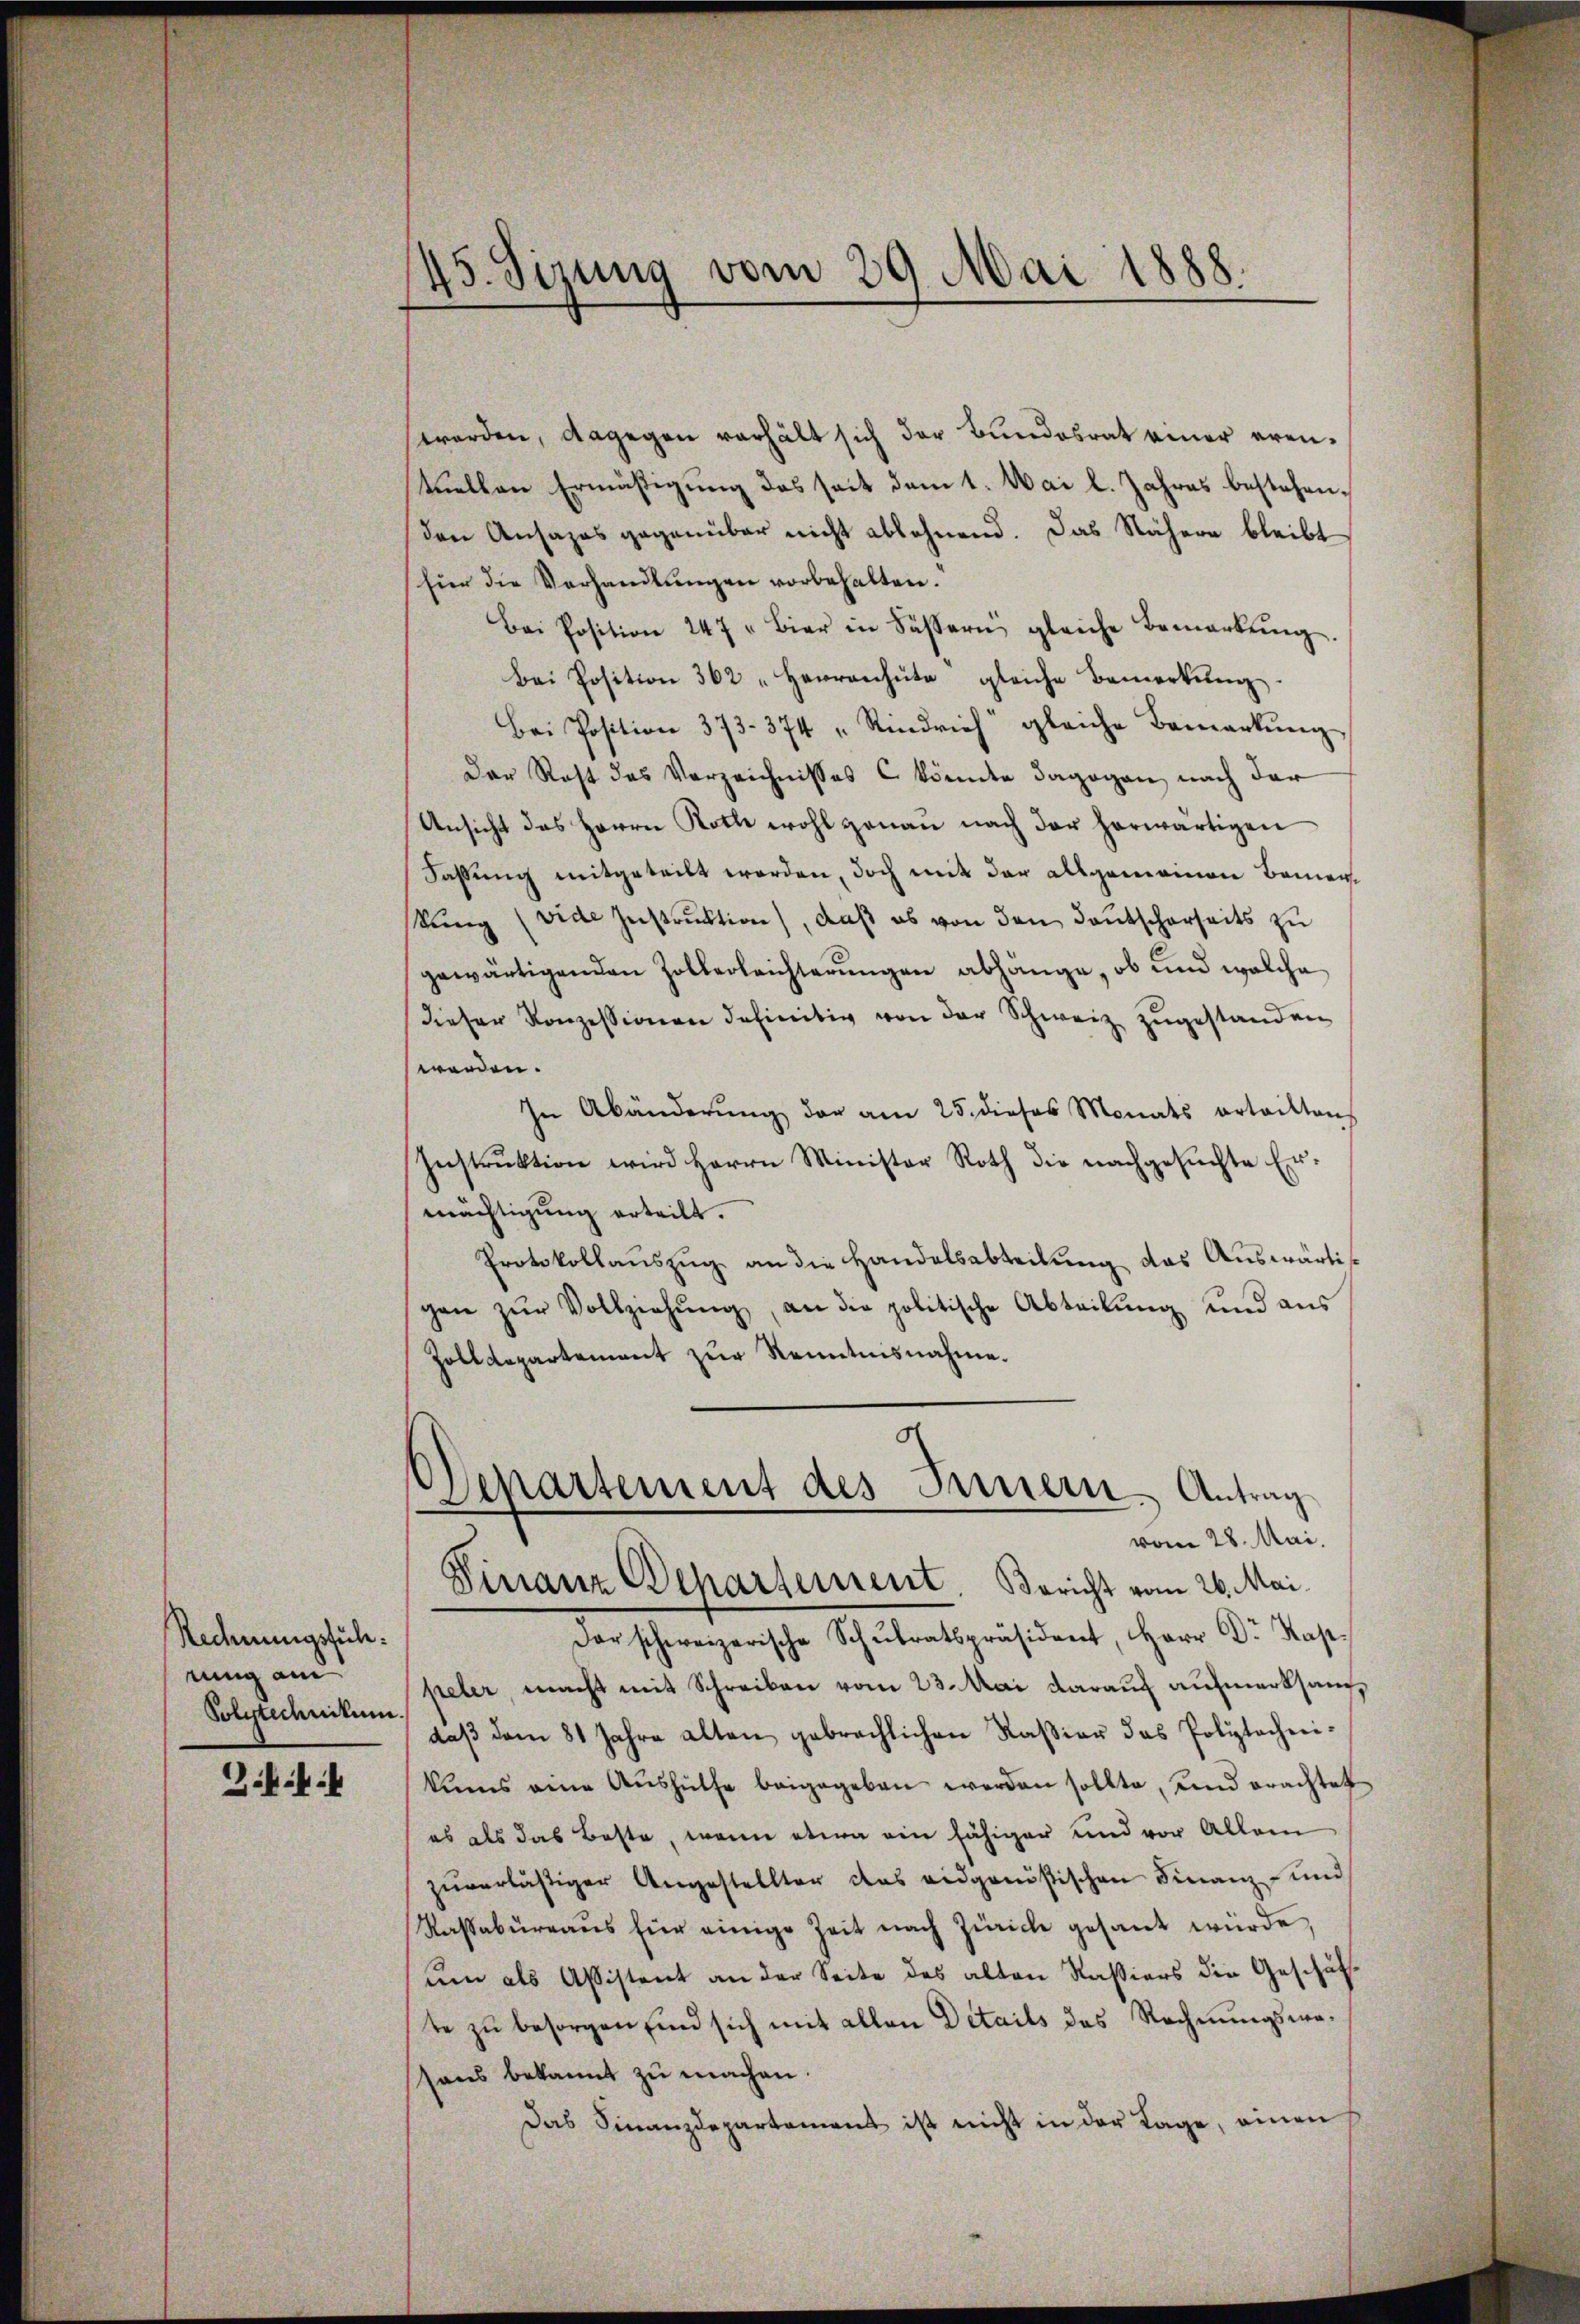
Rechnungstuch.
rung an
Polytechnitum

Z.k.k.

45. Sizung vom 29. Mai 1888.

werden, dagegen verhält sich der Bundesrat einer erentuellen Ermäßigung das seit dem 1. Mai l. Jahres bestehenden Ansazas gegenüber nicht ablehnend. Das Nähern bleibt
für die Verhandlŭngen vorbehalten.
Bei Position 247 " Bier in Säsern gleiche Bemerkŭng.
Bei Position 362 "Herrenhüte gleiche Bemerkŭng
Bei Position 373. 374 " Rindrich gleiche Bemerkŭng
Der Rest des Verzeichnisses könnte dagegen nach der
Ansicht des Herrn Roth wohl genau nach der herwärtigen
Fassung mitgeteilt worden, doch mit der allgemeinen Benen
kŭng (vide Instrŭktion), daβ es von den Baŭtscherseits zŭ
gewärtigenden Zollerleichterungen abhänge, ob und welche
dieser Konzessionen definitiv von der Schweiz zŭgestanden
werden.
In Abänderŭng der am 25. dieses Monats erteilten
Instrŭktion wird Herrn Minister Roth die nachgesŭchte Er-
mächtigung erteilt.
Protokollauszug an die Handelsabteilung das Auswärtis
gan zŭr Vollziehŭng an die politische Abteilŭng und aus
Zolldepartement zur Kenntnisnahme.
d
Departement des Innern. Antrag
vom 28. Mai.
Finanz Departement. Bericht vom 26. Mai.
darschweizerische Schŭlratspräsident, Herr Dr Kap.
peler, macht mit Schreiben vom 23. Mai darauf aufmerksamdaβ dem 81 Jahre alten gebrachlichen Kaβiar das Polytechnikums eine Aŭshülfe beigegeben werden sollte, und erachtet
es als das Beste, wenn etwa ein fähiger und vor Allei
zuverlästiger Angestellter das eidgenößischen Finanz- und
Kassabureaus für einige Zeit nach Zürich gesant würde,
um als Assistent an der Seite des alten Kassiers die Geschäf-
te zu besorgen sind sich mit allen Details das Rechnungsmosans bekannt zu machen.
Das Finanzdepartament ist nicht in der Lage, einen